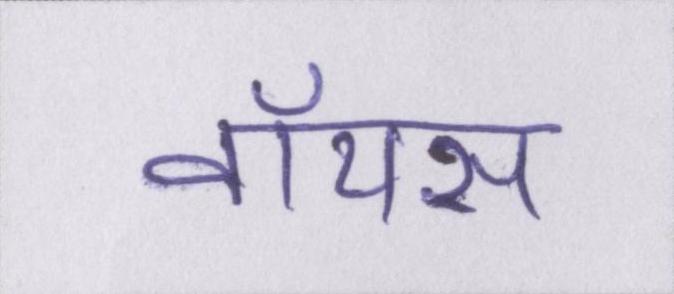
वॉयस